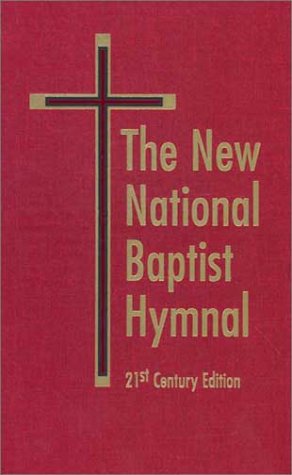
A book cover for New National Baptist Hymnal 21st Century - RED version; Christian Books & Bibles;